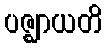
ပဇ္ဈာယတိ